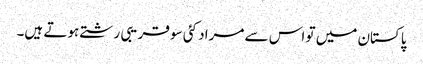
پاکستان میں تو اس سے مراد کئی سو قریبی رشتے ہوتے ہیں۔